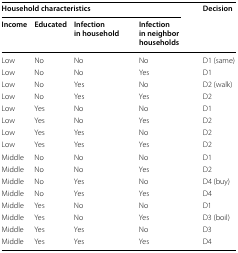
<table><thead><tr><td colspan="4"><b>Household characteristics</b></td><td rowspan="2"><b>Decision</b></td></tr><tr><td><b>Income</b></td><td><b>Educated</b></td><td><b>Infection in household</b></td><td><b>Infection in neighbor households</b></td></tr></thead><tbody><tr><td>Low</td><td>No</td><td>No</td><td>No</td><td>D1 (same)</td></tr><tr><td>Low</td><td>No</td><td>No</td><td>Yes</td><td>D1</td></tr><tr><td>Low</td><td>No</td><td>Yes</td><td>No</td><td>D2 (walk)</td></tr><tr><td>Low</td><td>No</td><td>Yes</td><td>Yes</td><td>D2</td></tr><tr><td>Low</td><td>Yes</td><td>No</td><td>No</td><td>D1</td></tr><tr><td>Low</td><td>Yes</td><td>No</td><td>Yes</td><td>D2</td></tr><tr><td>Low</td><td>Yes</td><td>Yes</td><td>No</td><td>D2</td></tr><tr><td>Low</td><td>Yes</td><td>Yes</td><td>Yes</td><td>D2</td></tr><tr><td>Middle</td><td>No</td><td>No</td><td>No</td><td>D1</td></tr><tr><td>Middle</td><td>No</td><td>No</td><td>Yes</td><td>D2</td></tr><tr><td>Middle</td><td>No</td><td>Yes</td><td>No</td><td>D4 (buy)</td></tr><tr><td>Middle</td><td>No</td><td>Yes</td><td>Yes</td><td>D4</td></tr><tr><td>Middle</td><td>Yes</td><td>No</td><td>No</td><td>D1</td></tr><tr><td>Middle</td><td>Yes</td><td>No</td><td>Yes</td><td>D3 (boil)</td></tr><tr><td>Middle</td><td>Yes</td><td>Yes</td><td>No</td><td>D3</td></tr><tr><td>Middle</td><td>Yes</td><td>Yes</td><td>Yes</td><td>D4</td></tr></tbody></table>